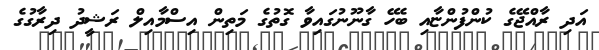
އަދި ރާއްޖޭގެ ކުންފުންޏާއި ބެހޭ ގާނޫނުގައިވާ ގޮތުގެ މަތިން އިސްމާއިލް ރަޝީދު ދިރާގުގެ